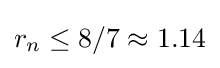
r_{n}\leq 8/7\approx 1.14